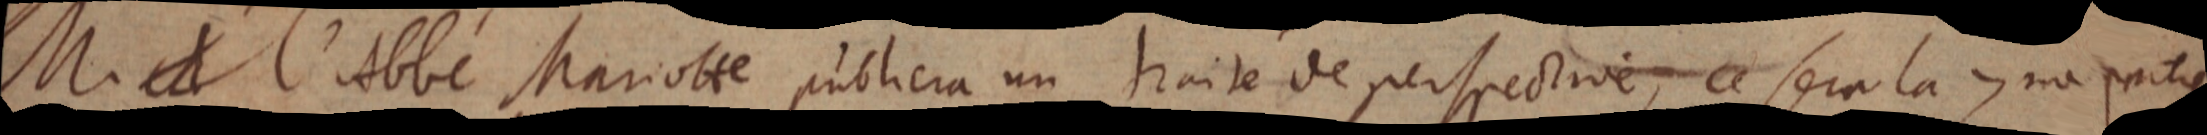
M. l’Abbé Mariotte publiera un traité de perspective, ce sera la 7me partie